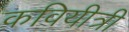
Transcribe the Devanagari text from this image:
कवियीत्री